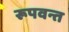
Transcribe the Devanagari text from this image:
रूपवन्त